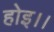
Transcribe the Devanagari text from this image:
होइ।।